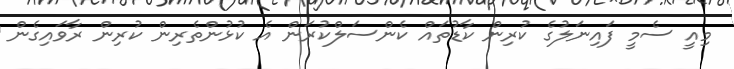
މިއީ ސެމީ ފައިނަލުގެ ކުރިން ކާޑުތައް ކެންސަލްކުރަން އެ ކުޅުންތެރިން ކުރިން ރާވައިގެން